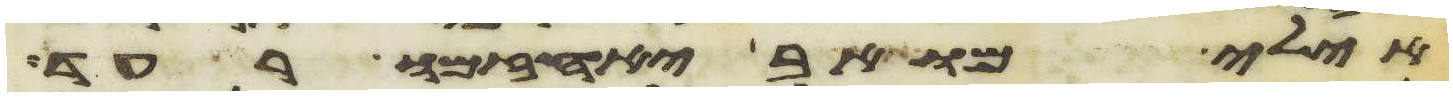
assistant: אילי מואב יאחזמו רעד